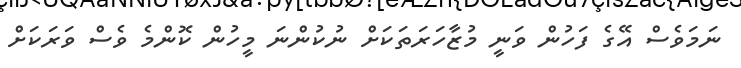
ނަމަވެސް އޭގެ ފަހުން ވަނީ މުޒާހަރަތަކަށް ނުކުންނަ މީހުން ކޮންމެ ވެސް ވަރަކަށް